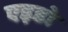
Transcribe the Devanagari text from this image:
एइडो